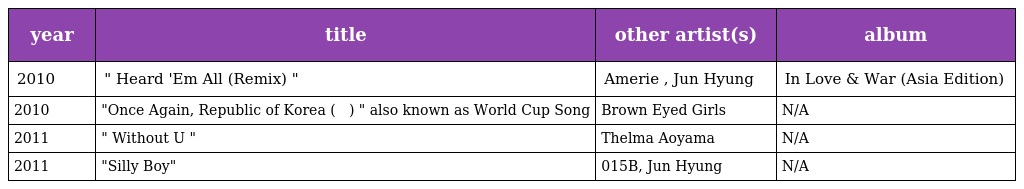
| year | title | other artist(s) | album |
 | --- | --- | --- | --- |
 | 2010 | " Heard 'Em All (Remix) " | Amerie , Jun Hyung | In Love & War (Asia Edition) |
 | 2010 | "Once Again, Republic of Korea (다시 한 번 대한민국) " also known as World Cup Song | Brown Eyed Girls | N/A |
 | 2011 | " Without U " | Thelma Aoyama | N/A |
 | 2011 | "Silly Boy" | 015B, Jun Hyung | N/A |